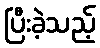
ပြီးခဲ့သည့်